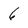
Character: 6